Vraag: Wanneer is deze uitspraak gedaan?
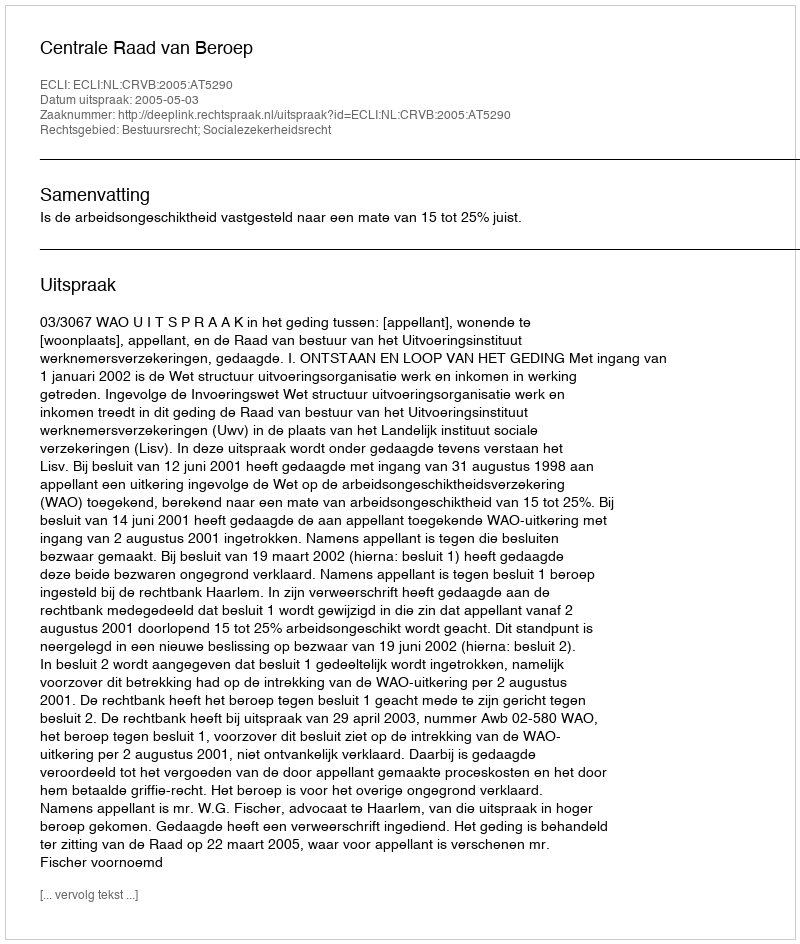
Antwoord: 2005-05-03